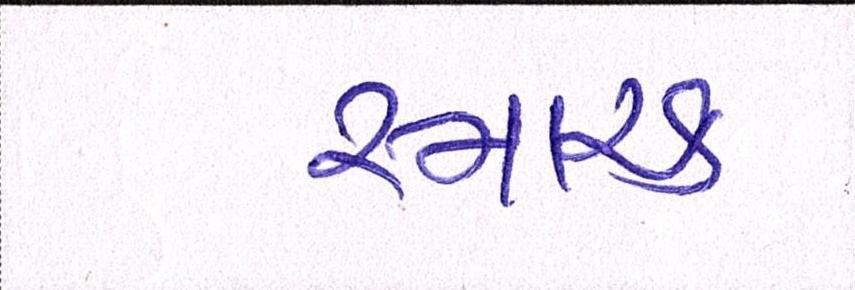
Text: સ્મારક